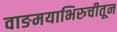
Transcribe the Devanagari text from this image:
वाङमयाभिरुचीतून